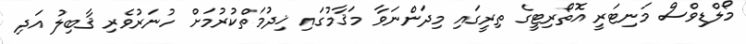
މޯލްޑިވްސް މަނިޓަރީ އޮތޯރިޓީގެ ތިރީގައި މިދަންނަވާ މަޤާމުގައި ޚިދުމަތްކުރުމަށް ހުނަރުވެރި ޤާބިލު އަދި